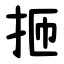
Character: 㧜